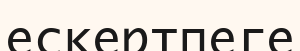
ескертпеге